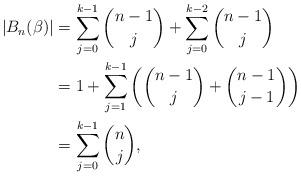
LaTeX: \begin{align*}|B_n(\beta)| &= \sum_{j=0}^{k-1} \binom{n-1}{j} + \sum_{j=0}^{k-2} \binom{n-1}{j} \\&= 1 + \sum_{j=1}^{k-1} \left( \binom{n-1}{j} + \binom{n-1}{j-1}\right) \\&= \sum_{j=0}^{k-1} \binom{n}{j},\end{align*}